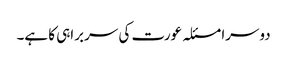
دوسرا مسئلہ عورت کی سربراہی کا ہے۔